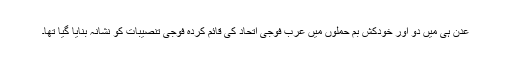
عدن ہی میں دو اور خودکش بم حملوں میں عرب فوجی اتحاد کی قائم کردہ فوجی تنصیبات کو نشانہ بنایا گیا تھا۔